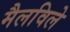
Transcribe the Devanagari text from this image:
मैलविले